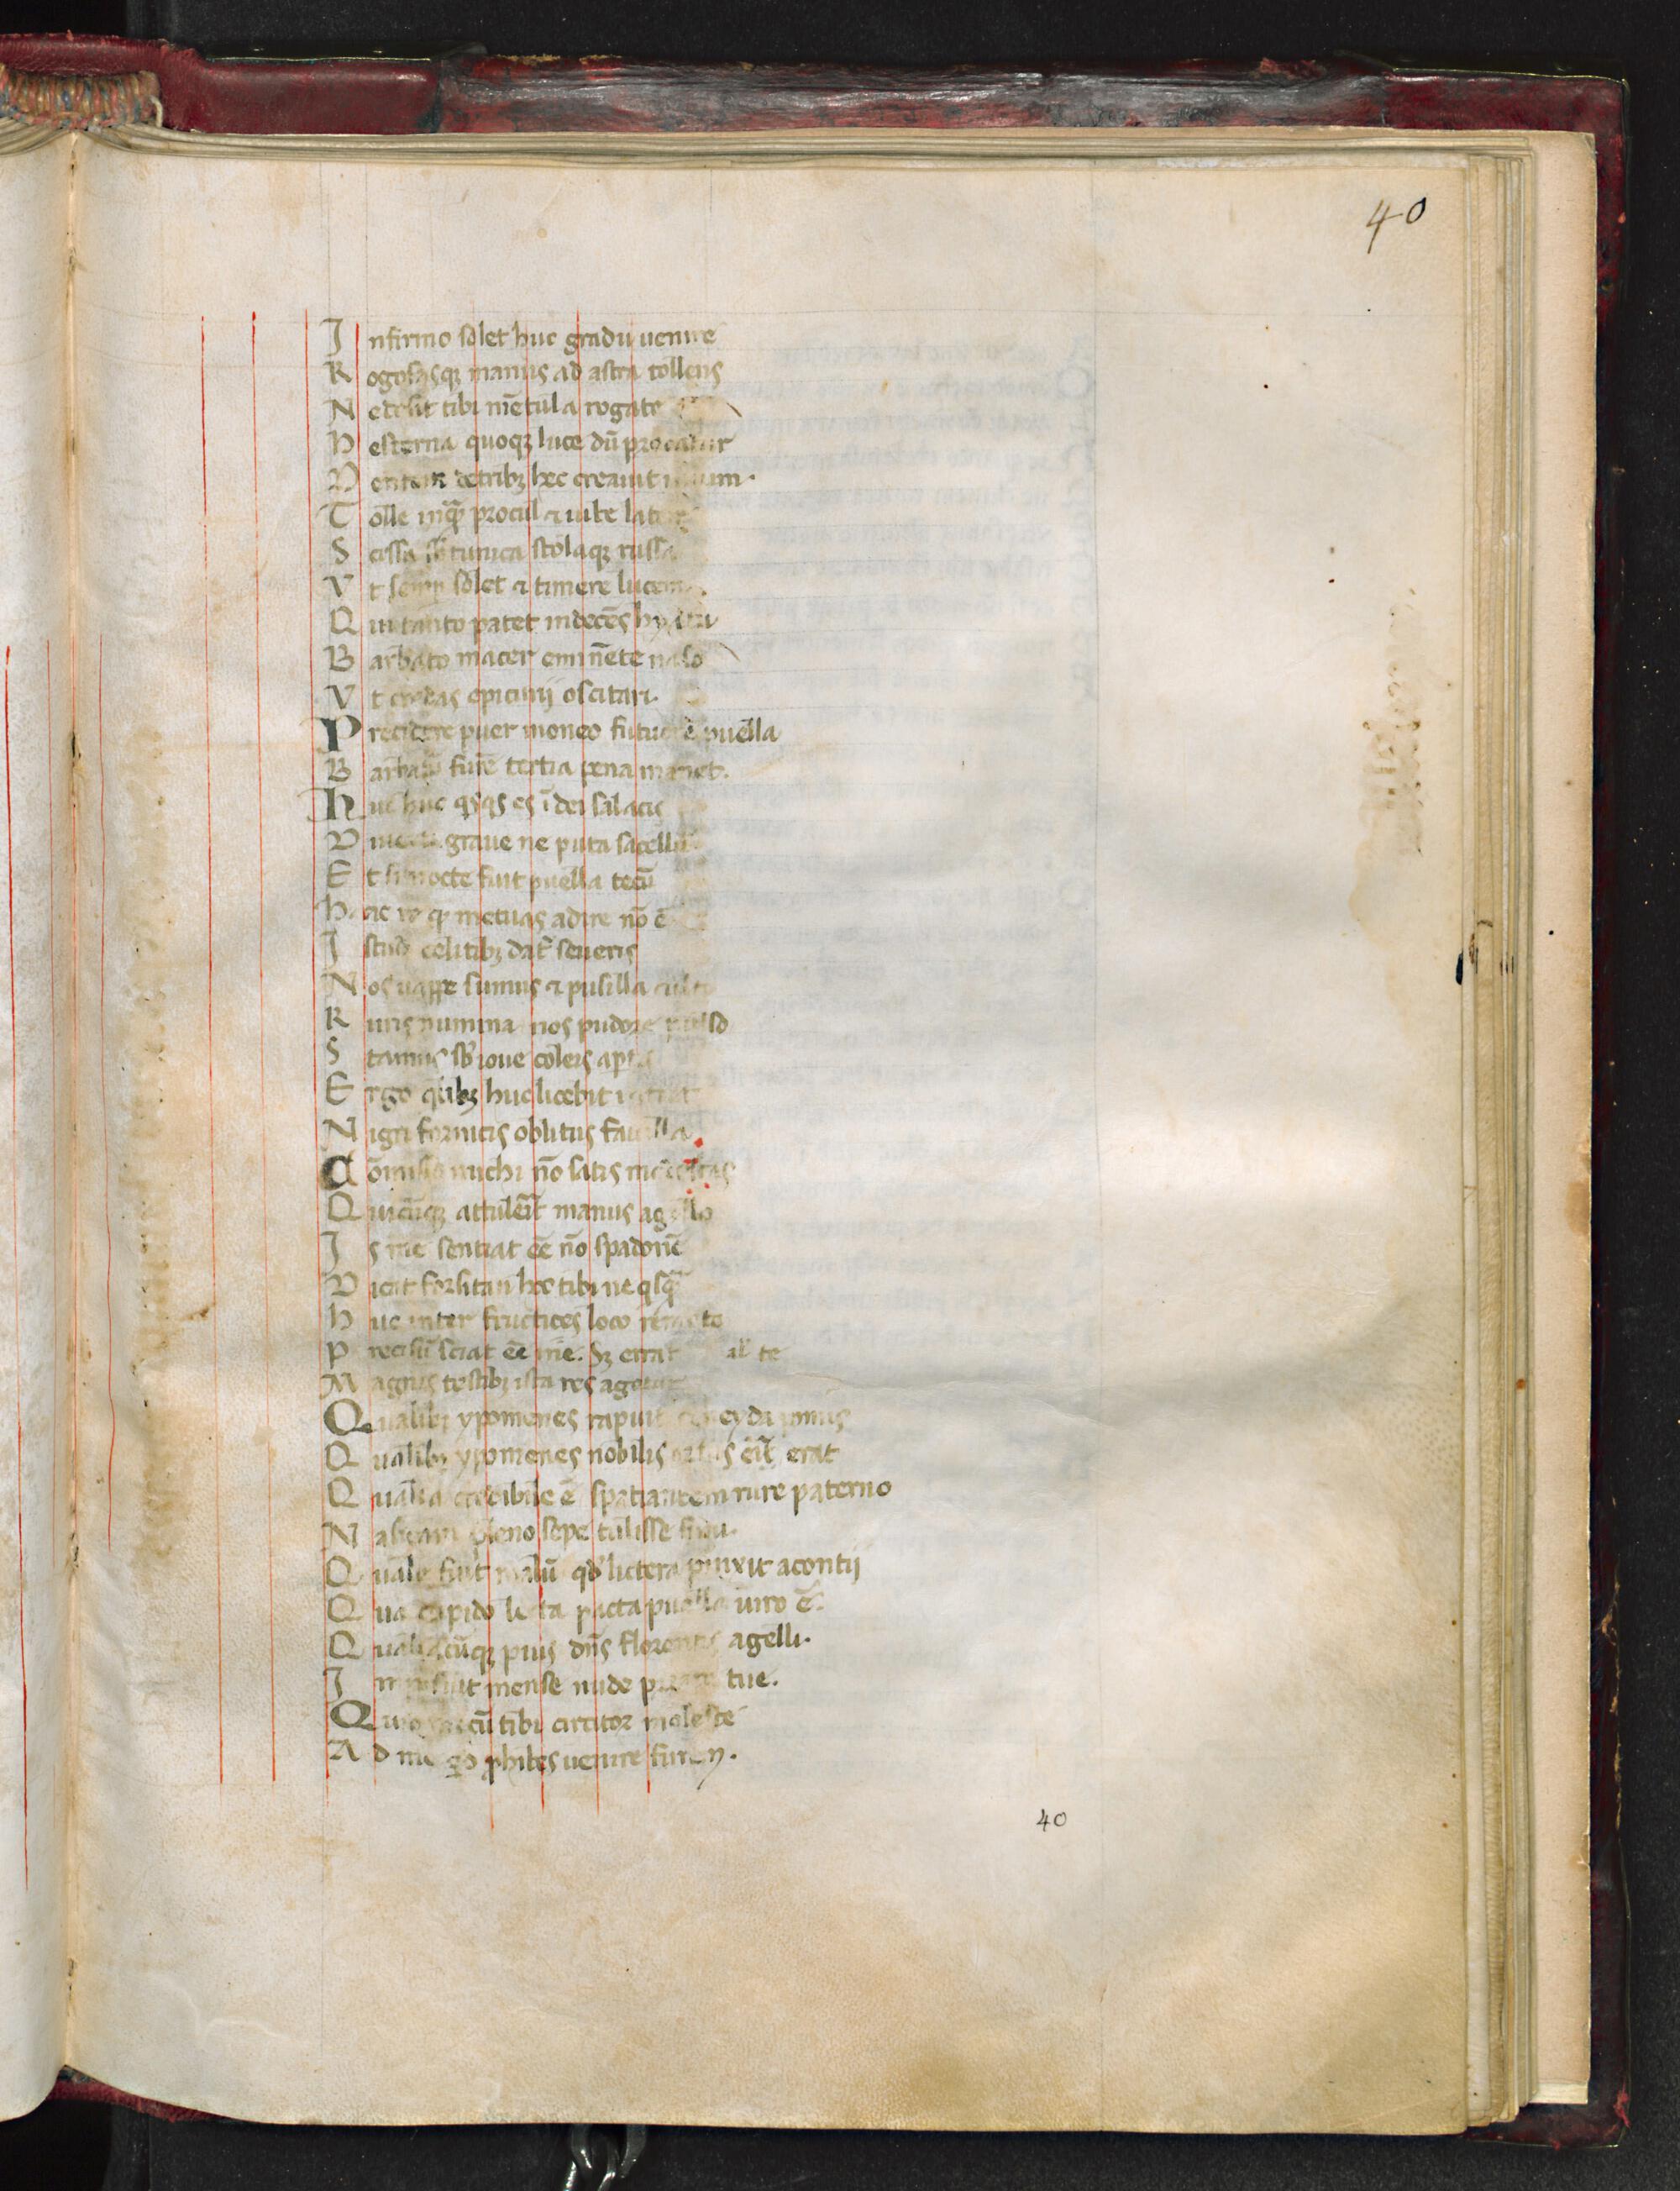
Shelfmark: Florence, Biblioteca Medicea Laurenziana, Laur. Plut. 33.31
Century: 14